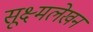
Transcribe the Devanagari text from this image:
सूक्ष्मलेखन